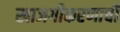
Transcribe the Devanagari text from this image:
खाजगीकरणाची